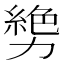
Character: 㔢